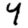
Digit: 4